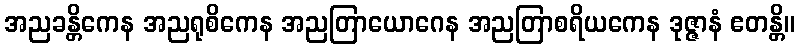
အညခန္တိကေန အညရုစိကေန အညတြာယောဂေန အညတြာစရိယကေန ဒုဇ္ဇာနံ ဧတန္တိ။